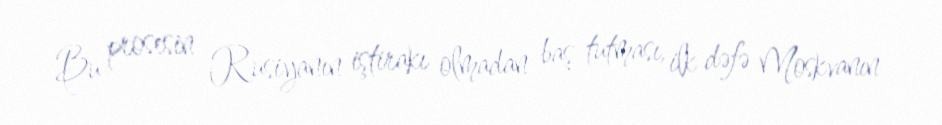
Bu prosesin Rusiyanın iştirakı olmadan baş tutması, ilk dəfə Moskvanın